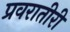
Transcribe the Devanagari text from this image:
प्रवरातीरी